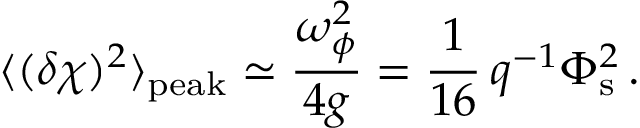
\langle ( \delta \chi ) ^ { 2 } \rangle _ { \mathrm { p e a k } } \simeq \frac { \omega _ { \phi } ^ { 2 } } { 4 g } = \frac { 1 } { 1 6 } \, q ^ { - 1 } \Phi _ { \mathrm { s } } ^ { 2 } \, .